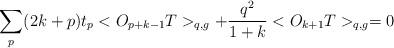
LaTeX: \begin{align*}\sum _{p} (2k+p)t_{p}<O_{p+k-1}T>_{q,g}+ \frac{q^{2}}{1+k}<O_{k+1}T>_{q,g} =0\end{align*}